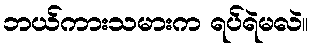
ဘယ်ကားသမားက ရပ်ရဲမလဲ။